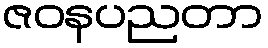
ဇဝနပညတာ